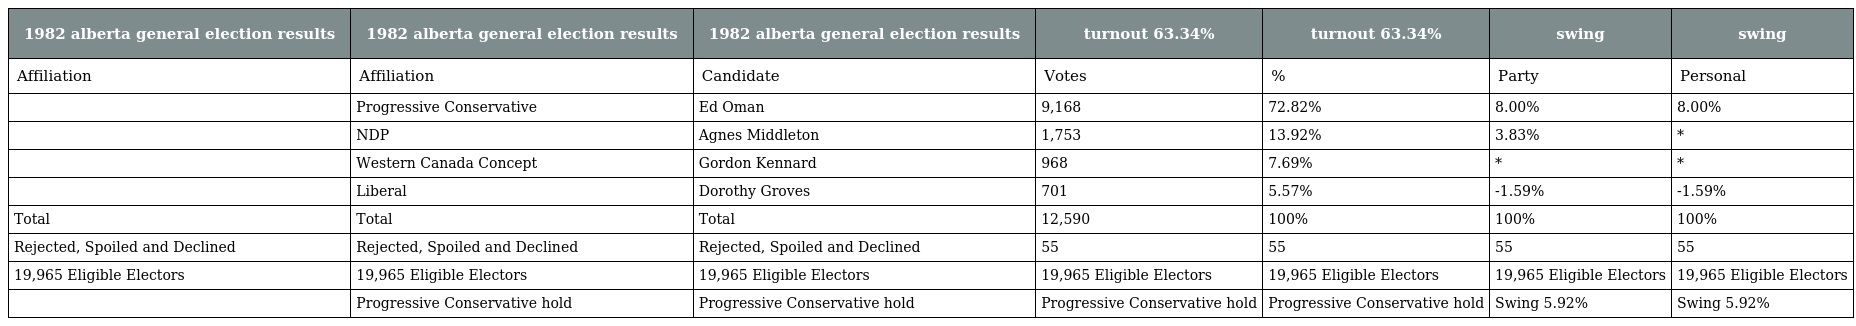
| 1982 alberta general election results | 1982 alberta general election results | 1982 alberta general election results | turnout 63.34% | turnout 63.34% | swing | swing |
 | --- | --- | --- | --- | --- | --- | --- |
 | Affiliation | Affiliation | Candidate | Votes | % | Party | Personal |
 |  | Progressive Conservative | Ed Oman | 9,168 | 72.82% | 8.00% | 8.00% |
 |  | NDP | Agnes Middleton | 1,753 | 13.92% | 3.83% | * |
 |  | Western Canada Concept | Gordon Kennard | 968 | 7.69% | * | * |
 |  | Liberal | Dorothy Groves | 701 | 5.57% | -1.59% | -1.59% |
 | Total | Total | Total | 12,590 | 100% | 100% | 100% |
 | Rejected, Spoiled and Declined | Rejected, Spoiled and Declined | Rejected, Spoiled and Declined | 55 | 55 | 55 | 55 |
 | 19,965 Eligible Electors | 19,965 Eligible Electors | 19,965 Eligible Electors | 19,965 Eligible Electors | 19,965 Eligible Electors | 19,965 Eligible Electors | 19,965 Eligible Electors |
 |  | Progressive Conservative hold | Progressive Conservative hold | Progressive Conservative hold | Progressive Conservative hold | Swing 5.92% | Swing 5.92% |